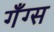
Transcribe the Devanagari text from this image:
गँग्स